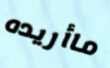
ماأريده